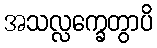
အသလ္လက္ခေတွာပိ